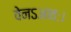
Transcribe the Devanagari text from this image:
वेनऽआवः।